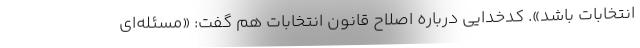
انتخابات باشد». کدخدایی درباره اصلاح قانون انتخابات هم گفت: «مسئله‌ای